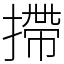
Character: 摕